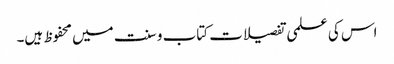
اس کی علمی تفصیلات کتاب و سنت میں محفوظ ہیں۔